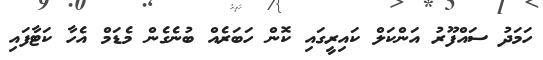
ހަމަދު ސައްފޫރު އަންކަލް ކައިރީގައި ކޮން ހަބަރެއް ބުނެގެން މެޑަމް އެހާ ކަޓާފައި